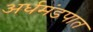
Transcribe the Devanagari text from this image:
अर्धमंडपात